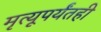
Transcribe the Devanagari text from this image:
मृत्यूपर्यंतही